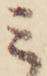
ミ